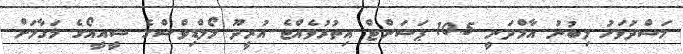
މަސްދުވަހު ލިބުނު އާމްދަނީ 10.5 ޕަސަންޓް އިތުރުވެއްޖެ އުރީދޫ މޯލްޑިވްސްގެ ސީއީއޯގެ މަގާމަށް